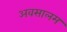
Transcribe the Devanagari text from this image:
अवसालम